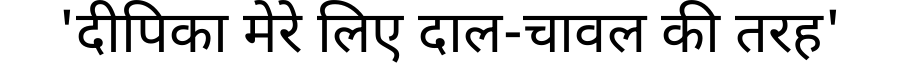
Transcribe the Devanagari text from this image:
'दीपिका मेरे लिए दाल-चावल की तरह'